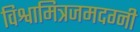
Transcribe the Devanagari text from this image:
विश्वामित्रजमदग्नी